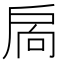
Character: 扄